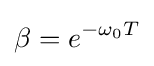
\beta =e^{-\omega _{0}T}